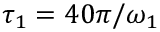
\tau _ { 1 } = 4 0 \pi / \omega _ { 1 }